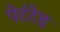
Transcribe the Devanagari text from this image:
पेटंटेड